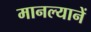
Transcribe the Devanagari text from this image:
मानल्यानें